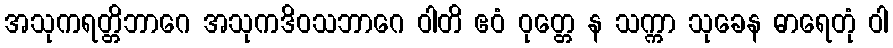
အသုကရတ္တိဘာဂေ အသုကဒိဝသဘာဂေ ဝါတိ ဧဝံ ဝုတ္တေ န သက္ကာ သုခေန ဓာရေတုံ ဝါ